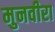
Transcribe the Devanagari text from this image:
मुनवीरा